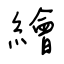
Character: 繪